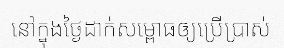
នៅក្នុងថ្ងៃដាក់សម្ពោធឲ្យប្រើប្រាស់